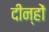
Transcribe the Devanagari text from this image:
दीन्हों